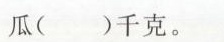
瓜( )千克。